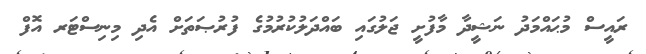
ރައީސް މުޙައްމަދު ނަޝީދާ މާފުށީ ޖަލުގައި ބައްދަލުކުރުމުގެ ފުރުޞަތަށް އެދި މިނިސްޓަރ އޮފް